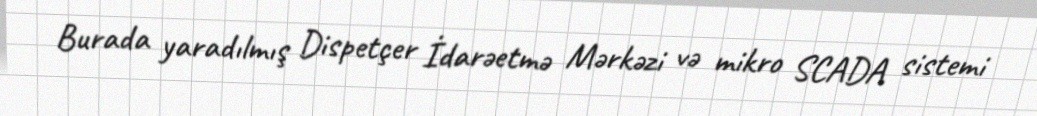
Burada yaradılmış Dispetçer İdarəetmə Mərkəzi və mikro SCADA sistemi